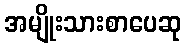
အမျိုးသားစာပေဆု